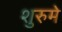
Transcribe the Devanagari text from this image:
शुरुमे